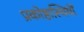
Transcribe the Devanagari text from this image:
प्रकोष्ठास्थियों